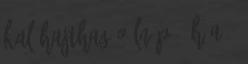
kal hajthag o ln p ú h a é